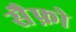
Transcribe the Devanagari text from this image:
सैफ़ो